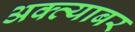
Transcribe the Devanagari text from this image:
अक्त्याबर